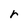
Character: r